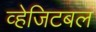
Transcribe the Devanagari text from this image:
व्हेजिटबल